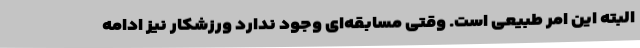
البته این امر طبیعی است. وقتی مسابقه‌ای وجود ندارد ورزشکار نیز ادامه